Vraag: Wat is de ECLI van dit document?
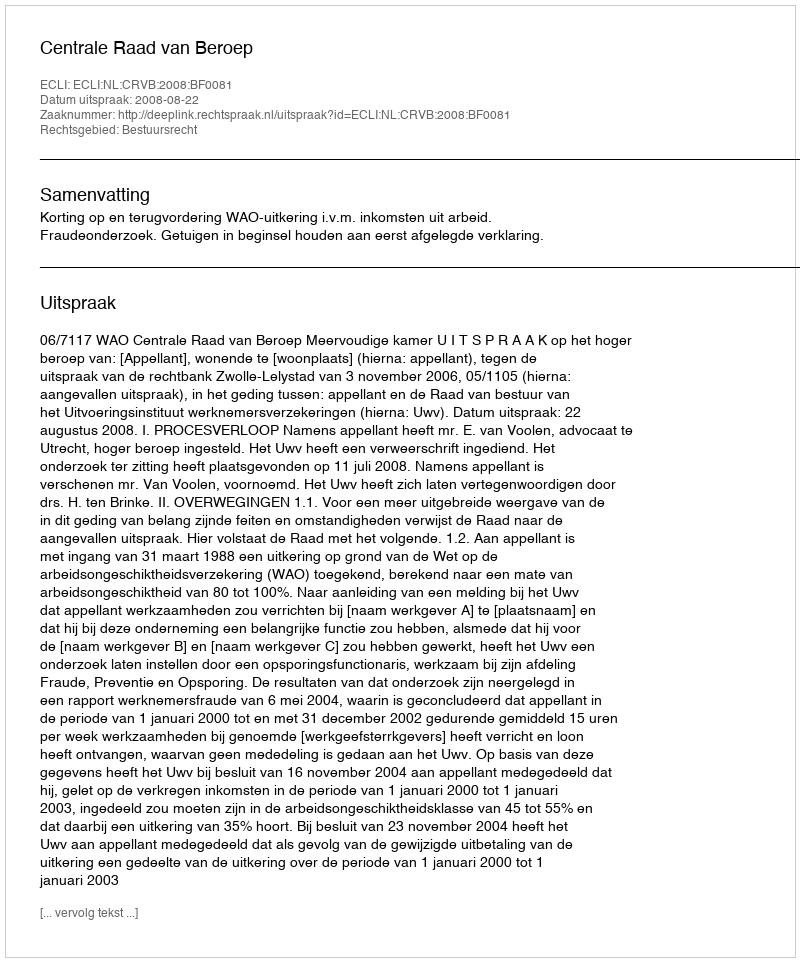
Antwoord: ECLI:NL:CRVB:2008:BF0081